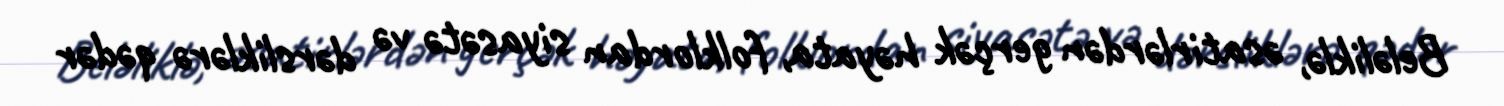
Beləliklə, əsatirlərdən gerçək həyata, folklordan siyasətə və dərsliklərə qədər